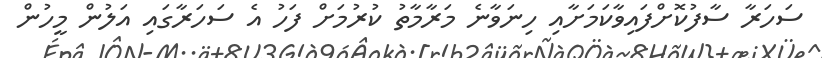
ސަހަރާ ސާފުކޮށްފައިވާކަމަށާއި ހިނަވާނެ މަރާމާތު ކުރުމަށް ފަހު އެ ސަހަރާގައި އަލުން މީހުން